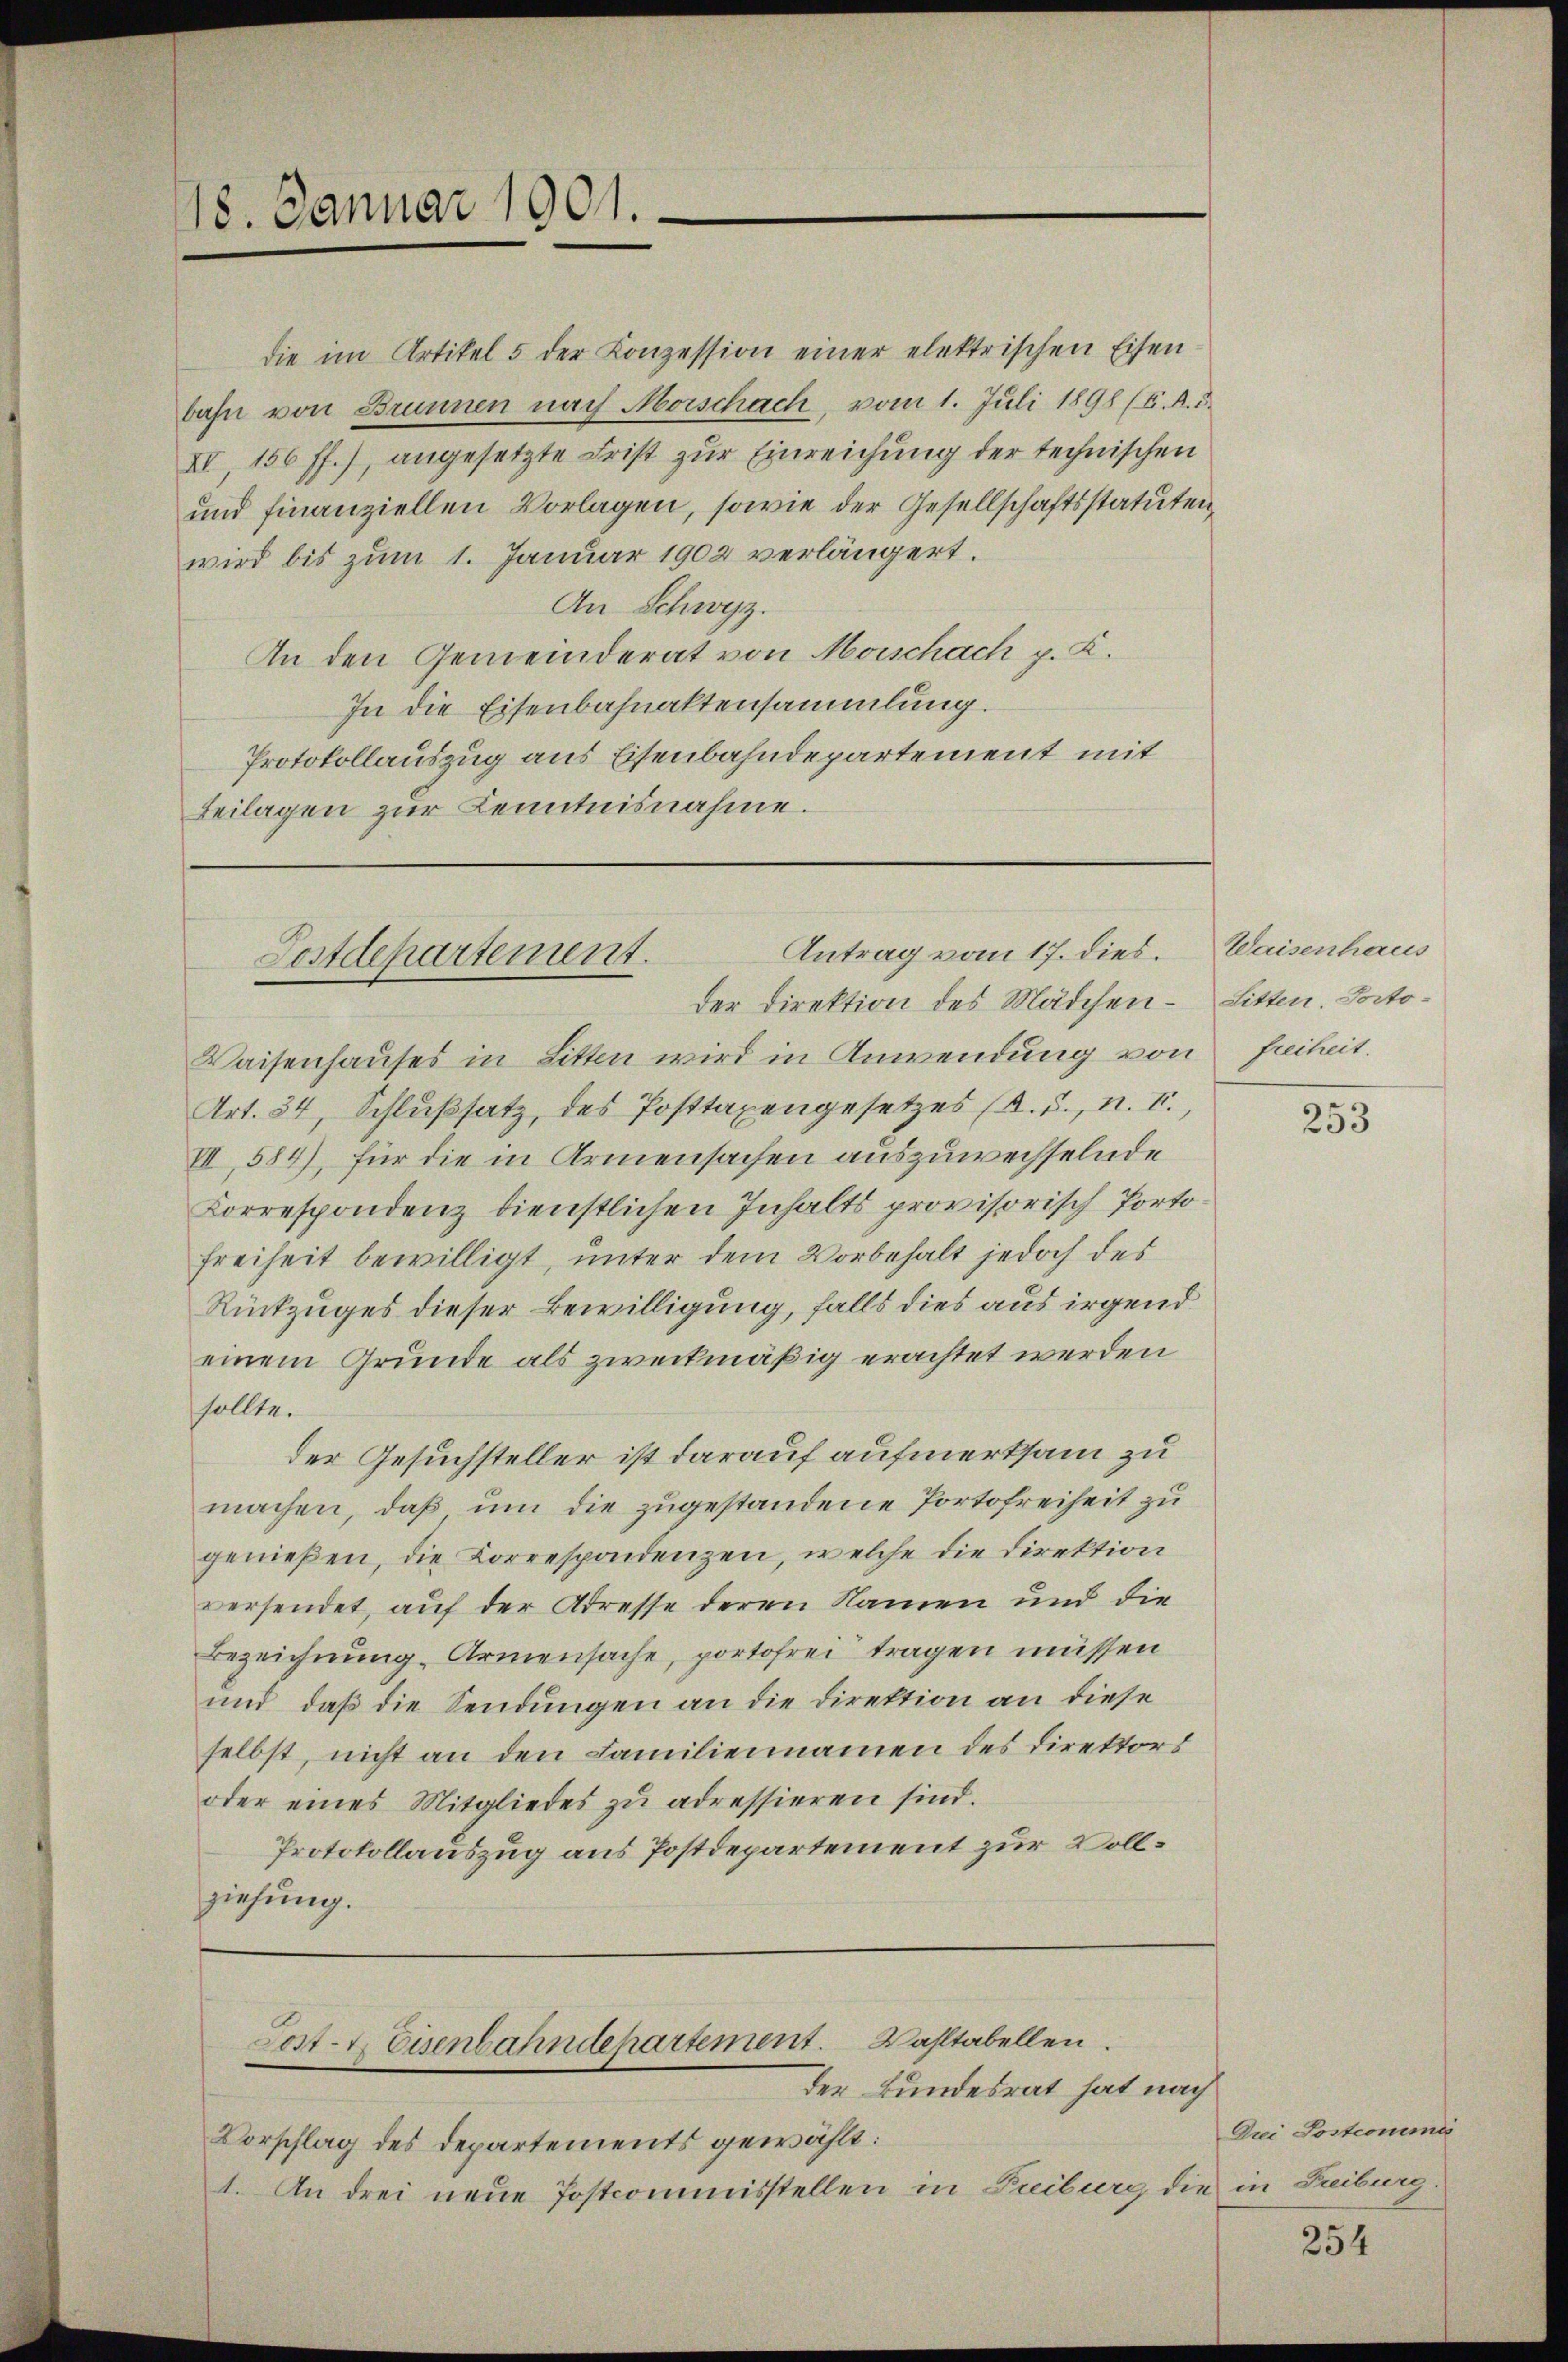
118. Januar 1901.

die im Artikel 5 der Konzession einer elektrischen Eisen-
bahn von Brunnen nach Morschach, vom 1. Juli 1898 (4. A. d.
XI. 156 ff.), angesetzte Frist zur Einreichung der technischen
und finanziellen Vorlagen, sowie der Gesellschaftsstatuten,
wird bis zum 1. Januar 1902 verlängert.
An Schwyz.
An den Gemeinderat von Morschach p. K.
In die Eisenbahnaktensammlung.
Protokollauszug aus Eisenbahndepartement mit
Beilagen zur Kenntnisnahme.

Antrag vom 17. dies.
Postdepartement.
der Direktion des Mädchen - Litten. Docto¬

Waisenhauses in Litten wird in Anwendung von Freiheit.
Art. 34, Schlußsatz, des Posttaxengesetzes (s. S., n. F.,
VII, 584), für die in Armensachen auszuwechselnde
Korrespondenz dienstlichen Inhalts provisorisch Porto¬
Freiheit bewilligt, unter dem Vorbehalt jedoch des
Rückzuges dieser Bewilligung, falls dies aus irgend
einem Grunde als zweckmäßig erachtet werden
sollte.
der Gesuchsteller ist darauf aufmerksam zu
machen, daß um die zugestandene Portofreiheit zu
genießen, die Korrespondenzen, welche die Direktion
versendet, auf der Stresse deren Namen und die
Bezeichnung Armensache, portofrei tragen müssen
und daß die Sendungen an die Direktion an diese
selbst, nicht an den Familiennamen des Direktors
oder eines Mitgliedes zŭ adressieren sind.
Protokollauszug aus Postdepartement zur Vollziehung.

Post- & Eisenbahndehartement. Wahltabellen.
der Bundesrat hat nach

Vorschlag des Departements gewählt:
1. An drei neue Postcommisstellen in Freiburg die in Freiburg.

Waisenhaus

253

Dui Postcomme

254